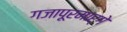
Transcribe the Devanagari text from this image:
गजापूरमार्गे